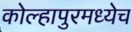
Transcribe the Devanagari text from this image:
कोल्हापुरमध्येच